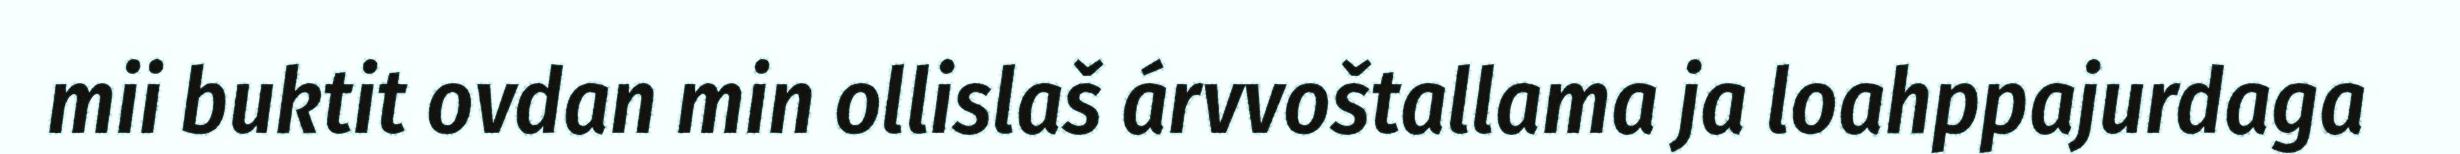
mii buktit ovdan min ollislaš árvvoštallama ja loahppajurdaga